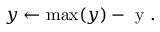
y \leftarrow \operatorname* { m a x } ( y ) - \mathrm { ~ y ~ } .